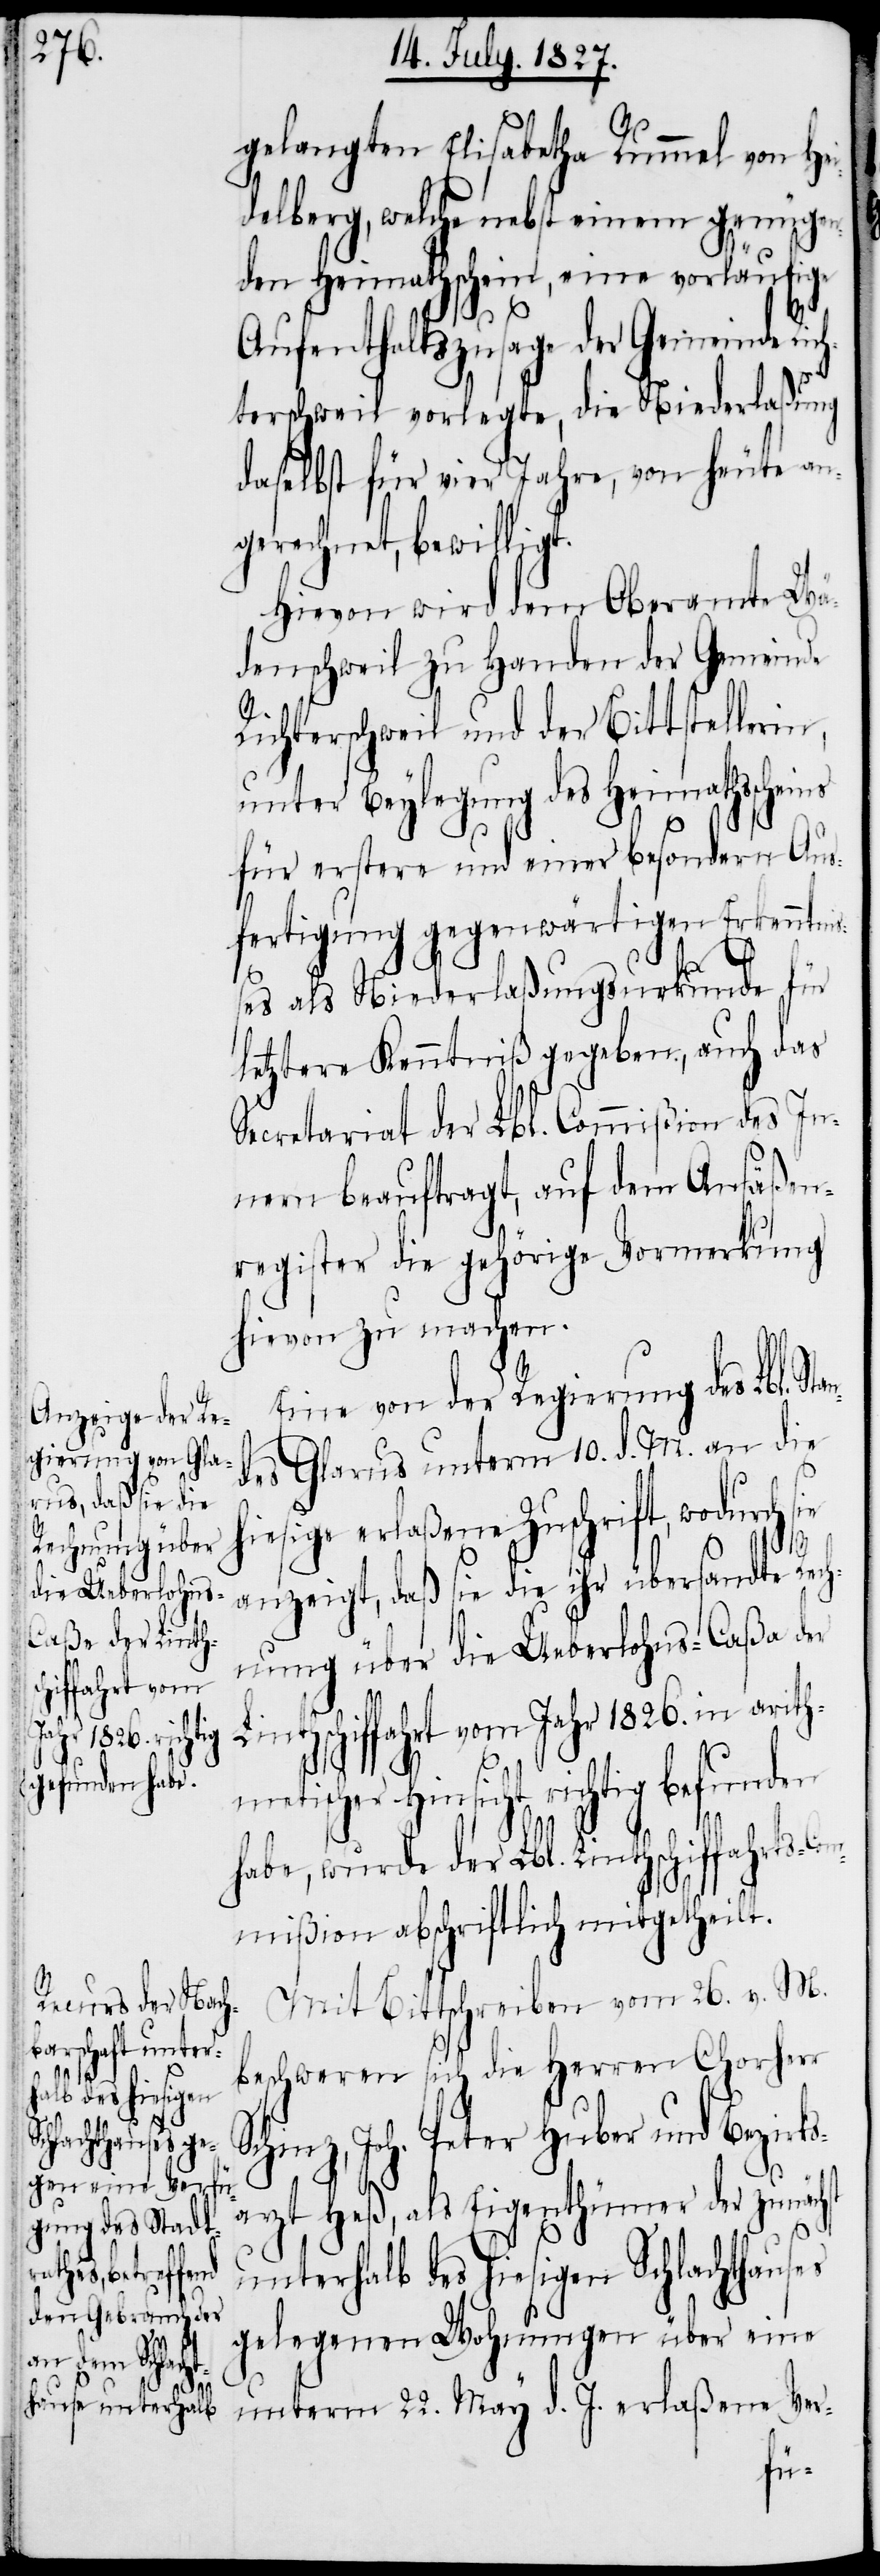
ffahrts-Com¬
rithmetischer
an¬

gelangten Elisabetha Rummel von Hei¬
delberg, welche nebst einem genügen¬
den Heimathschein, eine vorläufige
Aufenthaltszusage der Gemeinde Ric¬
hterschweil vorlegte, die Niederlaßung
daselbst für vier Jahre, von heute an
gerechnet, bewilligt.
Hievon wird dem Oberamt Wä¬
denschweil zu Handen der Gemeinde
Richterschweil und der Bittstellerin,
unter Beylegung des Heimathsscheins
für erstere und einer besondern Aus¬
ß¬
fertigung gegenwärtigen Erkenntni¬
es als Niederlaßungsurkunde für
letztere Kenntniß gegeben, auch das
Secretariat der Lbl. Commißion des In¬
nern beauftragt, auf dem Ansäßen¬
register die gehörige Vormerkung
hievon zu machen.
Eine von der Regierung des Lbl. St¬
des Glarus unterm 10. d. M. an die
hiesige erlaßene Zuschrift, wodurch
hst
anzeigt, daß sie die ihr übersandte Rech¬
nung über die Ueberlohns-Caßa der
thschiffahrt vom Jahr 1826. in a¬
Hinsicht richtig befunden
habe, wurde der Lbl. Linthschi¬
mißion abschriftlich mitgetheilt.
Mit Bittschreiben vom 26. v. M.
beschweren sich die Herren Chorherr
Schinz, Joh. Peter Huber und Bezirks¬
arzt Heß, als Eigenthümer der zunäc¬
unterhalb des hiesigen Schlachthauses
gelegenen Wohnungen über eine
unterm 22. May d. J. erlaßene Ver-
Lin¬